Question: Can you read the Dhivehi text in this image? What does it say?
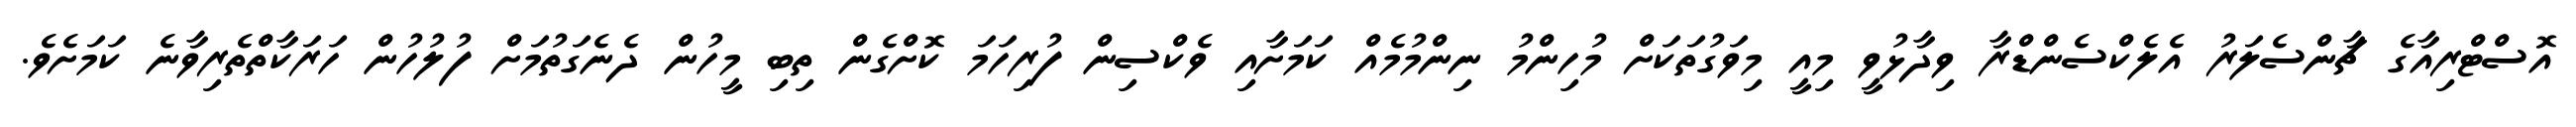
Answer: އޮސްޓްރިއާގެ ޗާންސެލަރު އެލެކްސެންޑްރާ ވިދާޅުވީ މިއީ މިވަގުތަކަށް މުހިންމު ނިންމުމެއް ކަމަށާއި ވެކްސިން ފުރިހަމަ ކޮށްގެން ތިބި މީހުން ދެނެގަތުމަށް ފުލުހުން ހަރަކާތްތެރިވާނެ ކަމަށެވެ.